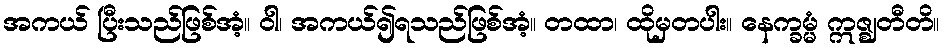
အကယ် ပြီးသည်ဖြစ်အံ့။ ဝါ၊ အကယ်၍ရသည်ဖြစ်အံ့။ တထာ၊ ထိုမှတပါး။ နေက္ခမ္မံ ဣဇ္ဈတီတိ။